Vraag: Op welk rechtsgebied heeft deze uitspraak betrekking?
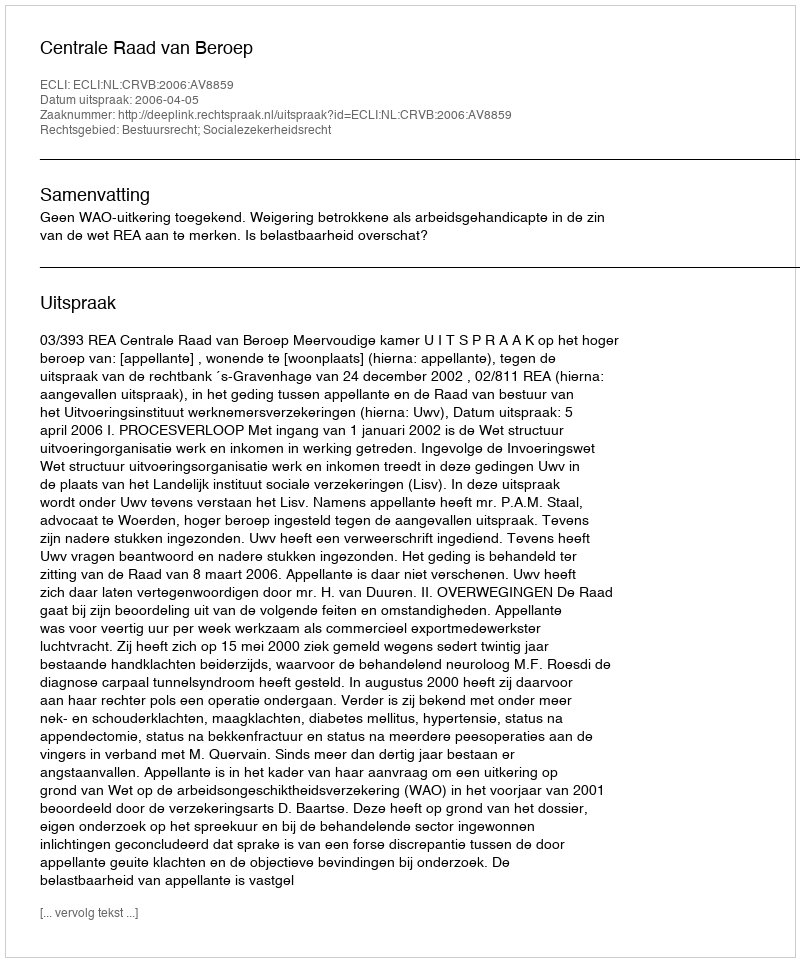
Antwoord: Bestuursrecht; Socialezekerheidsrecht